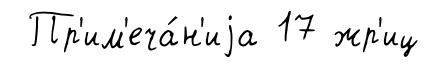
Пр'им'еча́н'иjа 17 жр'иц